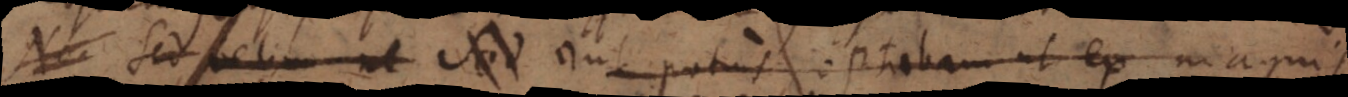
Non Sed velim ut Sed Aut potius optabam ut ex magnis